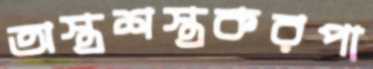
অস্ত্রশস্ত্রকরপা